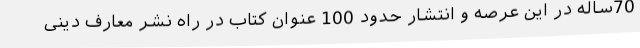
70ساله در این عرصه و انتشار حدود 100 عنوان کتاب در راه نشر معارف دینی